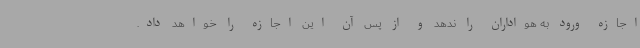
اجازه ورود به هواداران را ندهد و از پس آن این اجازه را خواهد داد.